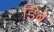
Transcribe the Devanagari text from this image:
डिबे